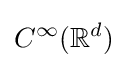
C^{\infty }(\mathbb {R} ^{d})